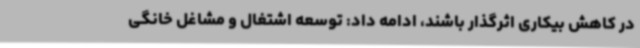
در کاهش بیکاری اثرگذار باشند، ادامه داد: توسعه اشتغال و مشاغل خانگی